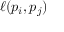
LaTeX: \ell ( p _ { i } , p _ { j } )